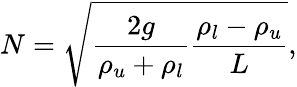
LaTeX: N=\sqrt{\frac{2g}{\rho_{u}+\rho_{l}}\frac{\rho_{l}-\rho_{u}}{L}},